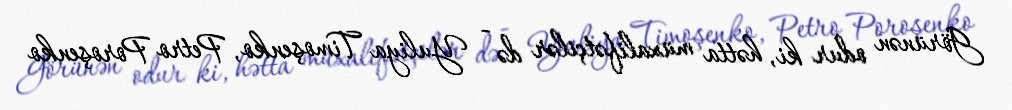
Görünən odur ki, hətta müxalifətçilər də - Yuliya Timoşenko, Petro Poroşenko